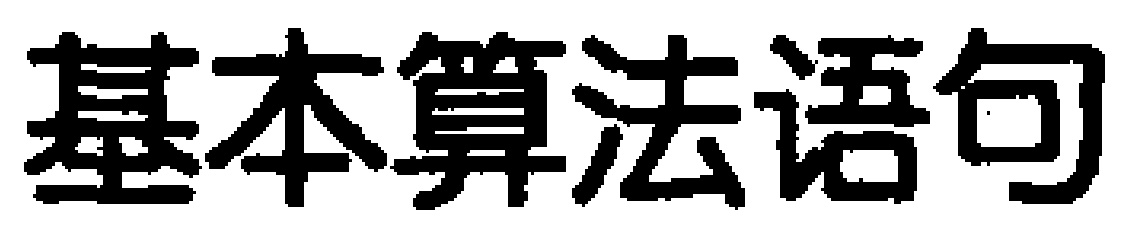
基本算法语句